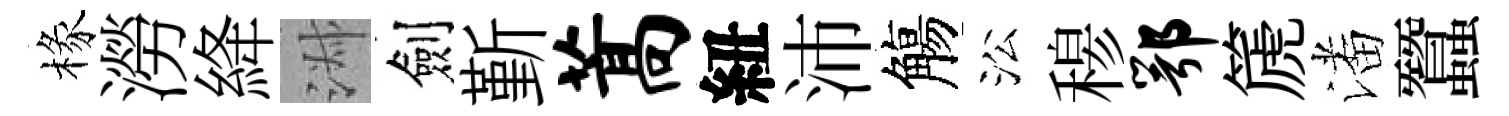
椽澇絳淑劍斳蒿紐沛觴㳂𥠇鄂篪潘蠶